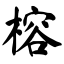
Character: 榕